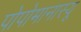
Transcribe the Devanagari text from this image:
पोपोमानास्यू